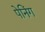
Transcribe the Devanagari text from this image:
पेनिंग